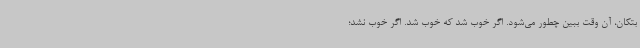
بتکان، آن وقت ببین چطور می‌شود. اگر خوب شد که خوب شد. اگر خوب نشد؛